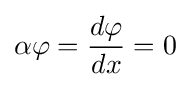
\alpha \varphi ={d\varphi  \over dx}=0